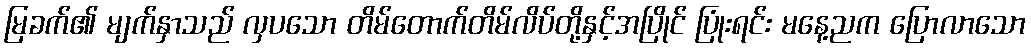
မြခက်၏ မျက်နှာသည် လှပသော တိမ်တောက်တိမ်လိပ်တို့နှင့်အပြိုင် ပြုံးရင်း မနေ့ညက ပြောလာသော